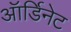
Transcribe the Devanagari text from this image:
ऑर्डिनेट